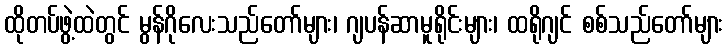
ထိုတပ်ဖွဲ့ထဲတွင် မွန်ဂိုလေးသည်တော်များ၊ ဂျပန်ဆာမူရိုင်းများ၊ ထရိုဂျင် စစ်သည်တော်များ